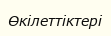
Өкiлеттiктері